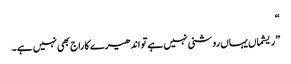
“
”ریشماں یہاں روشنی نہیں ہے تو اندھیرے کا راج بھی نہیں ہے۔